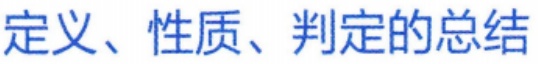
定义、性质、判定的总结